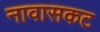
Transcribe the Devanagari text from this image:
नावासकट